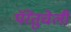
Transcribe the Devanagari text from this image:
पॅरेंतुचेली